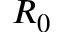
R _ { 0 }